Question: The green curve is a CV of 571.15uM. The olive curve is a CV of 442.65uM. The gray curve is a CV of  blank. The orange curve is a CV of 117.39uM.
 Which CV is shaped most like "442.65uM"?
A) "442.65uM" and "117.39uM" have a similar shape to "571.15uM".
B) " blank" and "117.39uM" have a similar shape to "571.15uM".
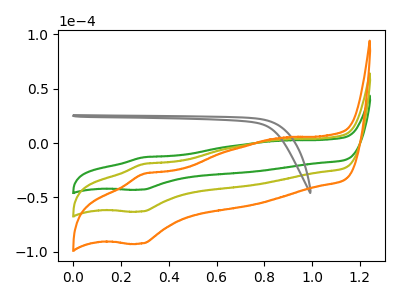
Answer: <think>The green curve "571.15uM" has an anodic peak at (0.30V, -13.20uA) and a cathodic peak at (0.30V, -42.95uA). The olive curve "442.65uM" has an anodic peak at (0.30V, -19.40uA) and a cathodic peak at (0.30V, -63.05uA). The gray curve " blank" has no peaks. The orange curve "117.39uM" has an anodic peak at (0.30V, -38.75uA) and a cathodic peak at (0.30V, -126.10uA).
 All the peaks in "571.15uM" have a peak in "442.65uM" at the same potential. "571.15uM" and " blank" have a different number of peaks. All the peaks in "571.15uM" have a peak in "117.39uM" at the same potential. "442.65uM" and " blank" have a different number of peaks. All the peaks in "442.65uM" have a peak in "117.39uM" at the same potential. " blank" and "117.39uM" have a different number of peaks.</think>
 <answer>A) "442.65uM" and "117.39uM" have a similar shape to "571.15uM".</answer>
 <eval>A</eval>